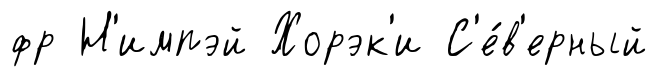
фр Н'импэй Хорэк'и С'е́в'ерный